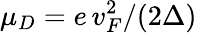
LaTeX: \mu_{D}=e\, v_{F}^{2}/(2\Delta)